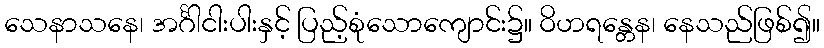
သေနာသနေ၊ အင်္ဂါငါးပါးနှင့် ပြည့်စုံသောကျောင်း၌။ ဝိဟရန္တေန၊ နေသည်ဖြစ်၍။